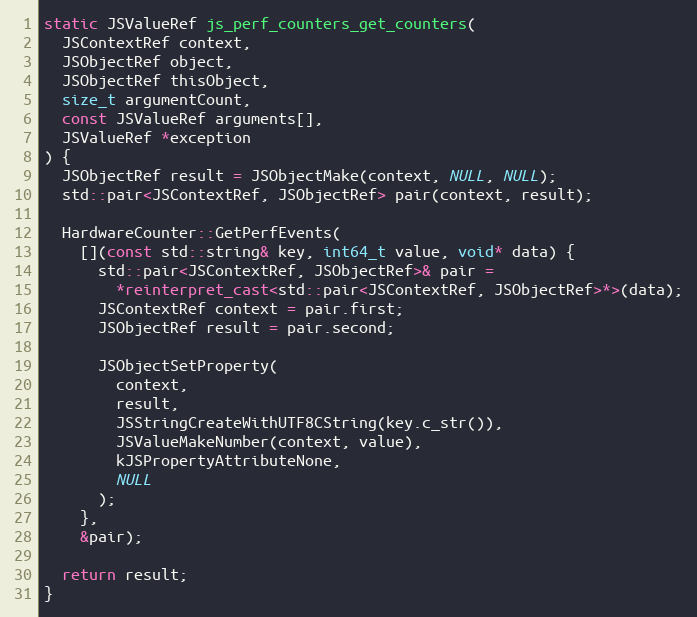
Language: C++
static JSValueRef js_perf_counters_get_counters(
  JSContextRef context,
  JSObjectRef object,
  JSObjectRef thisObject,
  size_t argumentCount,
  const JSValueRef arguments[],
  JSValueRef *exception
) {
  JSObjectRef result = JSObjectMake(context, NULL, NULL);
  std::pair<JSContextRef, JSObjectRef> pair(context, result);

  HardwareCounter::GetPerfEvents(
    [](const std::string& key, int64_t value, void* data) {
      std::pair<JSContextRef, JSObjectRef>& pair =
        *reinterpret_cast<std::pair<JSContextRef, JSObjectRef>*>(data);
      JSContextRef context = pair.first;
      JSObjectRef result = pair.second;

      JSObjectSetProperty(
        context,
        result,
        JSStringCreateWithUTF8CString(key.c_str()),
        JSValueMakeNumber(context, value),
        kJSPropertyAttributeNone,
        NULL
      );
    },
    &pair);

  return result;
}